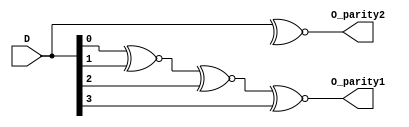
// Ch07  o_par.v
// _Pq ( for zBl)

module o_par (D, O_parity1, O_parity2);
input  [3:0] D;			// |J
output O_parity1, O_parity2;	// @X
reg    O_parity1;		// is
integer i; 			// i

//  for z
always@ (D)
  begin
    O_parity1 = D[0];
    for (i = 1; i <= 3; i = i+1)
      O_parity1  = O_parity1  ~^ D[i];
  end

// Bl
assign O_parity2  = ~^ D;

endmodule